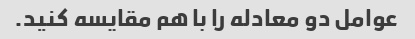
عوامل دو معادله را با هم مقایسه کنید.